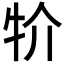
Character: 𤘦